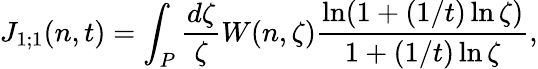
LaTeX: J_{1;1}(n,t)=\int_{P}{\frac{d\zeta}{\zeta}}W(n,\zeta){\frac{\ln(1+(1/t)\ln\zeta)}{1+(1/t)\ln\zeta}},